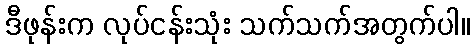
ဒီဖုန်းက လုပ်ငန်းသုံး သက်သက်အတွက်ပါ။